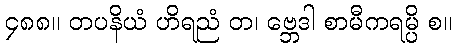
၄၈၈။ တပနိယံ ဟိရညံ တ၊ ဗ္ဘေဒါ စာမီကရမ္ပိ စ။